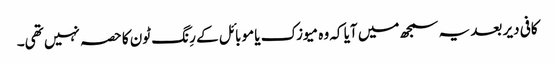
کافی دیر بعد یہ سمجھ میں آیا کہ وہ میوزک یا موبائل کے رِنگ ٹون کا حصہ نہیں تھی۔